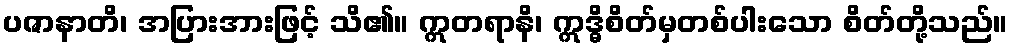
ပဇာနာတိ၊ အပြားအားဖြင့် သိ၏။ ဣတရာနိ၊ ဣဒ္ဓိစိတ်မှတစ်ပါးသော စိတ်တို့သည်။